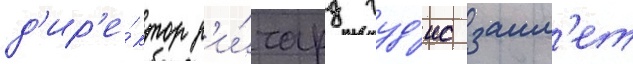
д'ир'е́ктор р'и́чард гуд'ис заим'ет